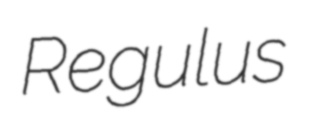
Regulus